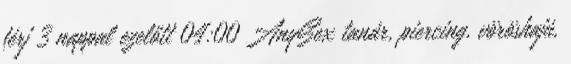
férj 3 nappal ezelőtt 04:00 AnySex tanár, piercing, vöröshajú,